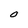
Character: O